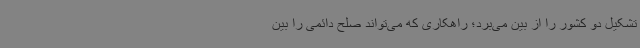
تشکیل دو کشور را از بین می‌برد؛ راهکاری که می‌تواند صلح دائمی را بین